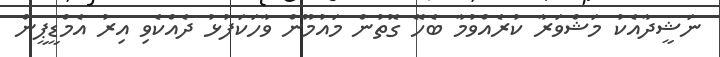
ނަޝީދާއެކު މަޝްވަރާ ކުރެއްވުމާ ބެހޭ ގޮތުން މައުމޫން ވާހަކަފުޅު ދެއްކެވި އިރު އެމްޑީޕީން